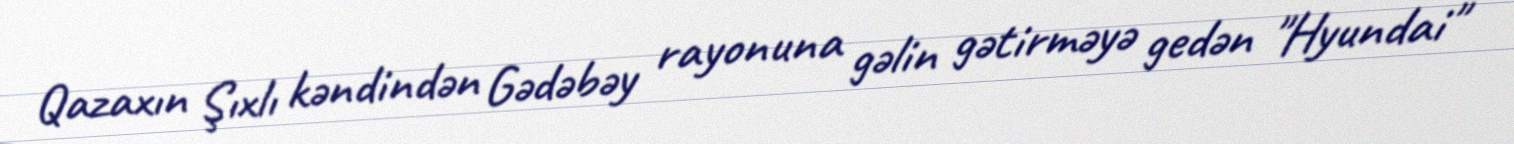
Qazaxın Şıxlı kəndindən Gədəbəy rayonuna gəlin gətirməyə gedən "Hyundai"